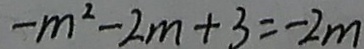
- m ^ { 2 } - 2 m + 3 = - 2 m